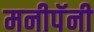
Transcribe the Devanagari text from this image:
मनीपॅनी